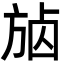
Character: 𣃷